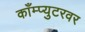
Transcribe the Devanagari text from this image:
काँम्प्युटरवर